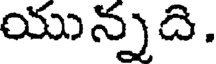
యున్నది.